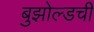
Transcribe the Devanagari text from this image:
बुझोल्डची